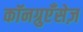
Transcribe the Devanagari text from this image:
कॉनग्रुएँसेज़